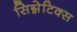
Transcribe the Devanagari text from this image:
सिग्नेटिक्स